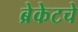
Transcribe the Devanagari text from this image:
ब्रेकेटचे